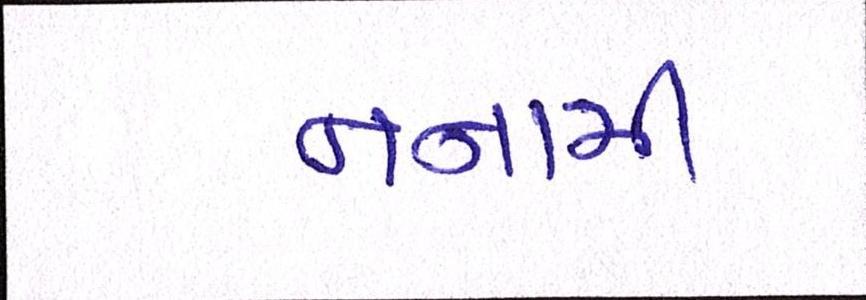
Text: નનામી